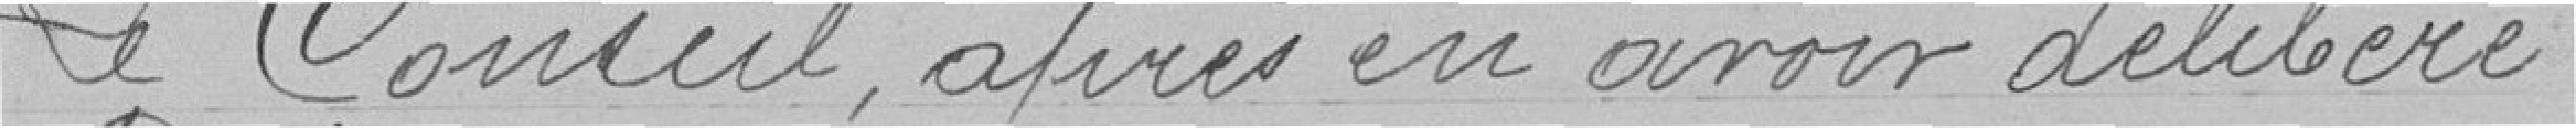
Le Conseil après en avoir délibéré